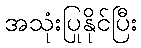
အသုံးပြုနိုင်ပြီး